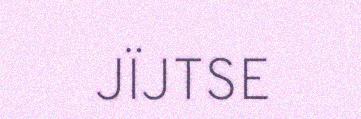
JÏJTSE